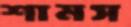
শামস